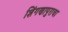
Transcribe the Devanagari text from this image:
शिंगणापुराचा